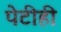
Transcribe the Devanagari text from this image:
पेटीही